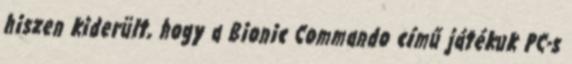
hiszen kiderült, hogy a Bionic Commando című játékuk PC-s